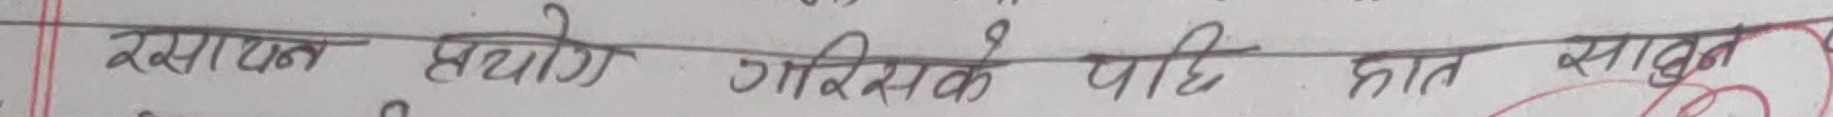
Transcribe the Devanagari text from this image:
रसायन प्रयोग गरिसके पछि हात सावन